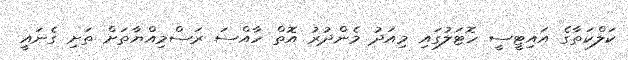
ކަލްކަތާގެ އައިޓީސީ ހޮޓަލުގައި މިއަދު މެންދުރު އޮތް ހާއްސަ ރަސްމިއްޔާތަށް ތަށި ގެނައީ